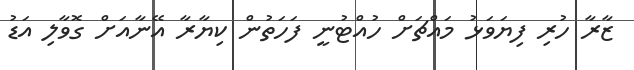
ޒާރާ ހުރި ފިޔަވަޅު މައްޗަށް ހުއްޓުނީ ފަހަތުން ކިޔާރާ އޭނާއަށް ގޮވާލި އަޑު